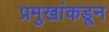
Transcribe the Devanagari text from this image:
प्रमुखांकडून